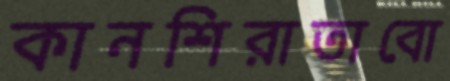
কানশিরাতাবো